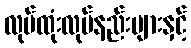
လုပ်ထုံးလုပ်နည်းများနှင့်